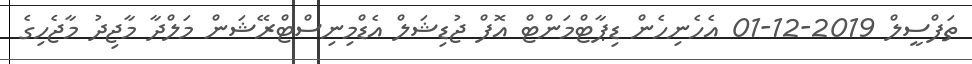
ތަފްސީލް 2019-12-01 އެހެނިހެން ޑިޕާޓްމަންޓް އޮފް ޖުޑިޝަލް އެޑްމިނިސްޓްރޭޝަން މަލްދާ މާޖިދު މާޖެހިގެ